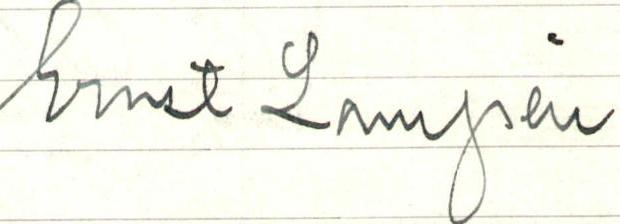
Ernst Lampén